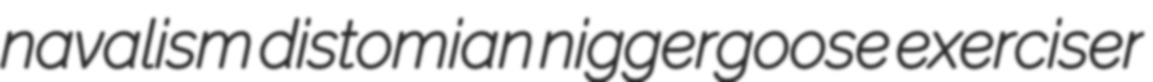
navalism distomian niggergoose exerciser